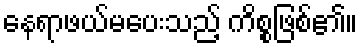
နေရာဖယ်မပေးသည့် ကိစ္စဖြစ်၏။